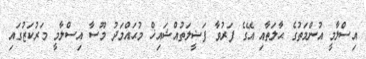
އިސްލާމީ އުންމަތުގެ ޙާލަތާއި އޭގެ ފަރުވާ ފަޟީލަތުއްޝައިޚް މުޙައްމަދު މޫސާ އިސްލާމީ މަރުކަޒުގައި